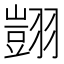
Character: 𦒀